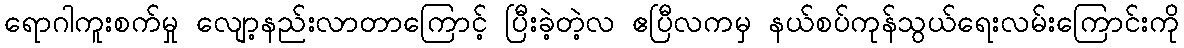
ရောဂါကူးစက်မှု လျော့နည်းလာတာကြောင့် ပြီးခဲ့တဲ့လ ဧပြီလကမှ နယ်စပ်ကုန်သွယ်ရေးလမ်းကြောင်းကို